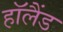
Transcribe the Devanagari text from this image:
हाॅलैंड